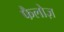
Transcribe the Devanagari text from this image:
फैलोज़